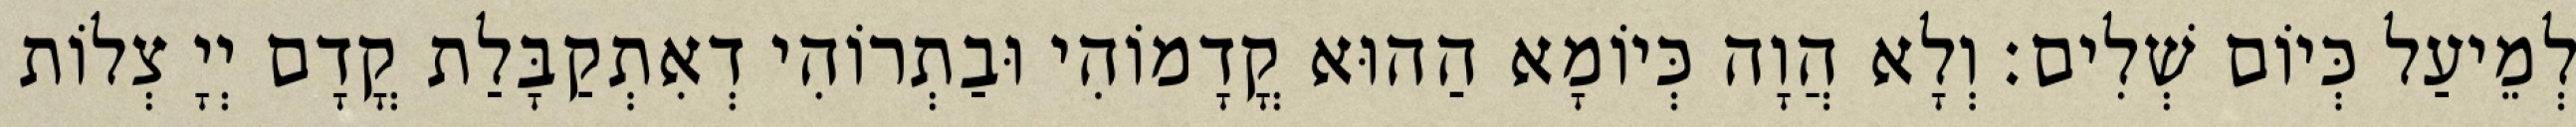
לְמֵיעַל כְּיוֹם שְׁלִים׃ וְלָא הֲוָה כְּיוֹמָא הַהוּא קֳדָמוֹהִי וּבַתְרוֹהִי דְאִתְקַבָּלַת קֳדָם יְיָ צְלוֹת